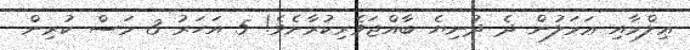
ޢިލްމާއި ޢަމަލުން ދެ ދުނިޔެ ބާއްޖަވެރިކުރާށެވެ! 5 އަހަރު 3 މަސް ކުރިން